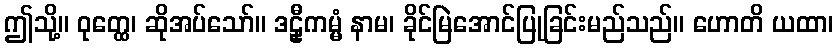
ဤသို့။ ဝုတ္ထေ၊ ဆိုအပ်သော်။ ဒဠှီကမ္မံ နာမ၊ ခိုင်မြဲအောင်ပြုခြင်းမည်သည်။ ဟောတိ ယထာ၊